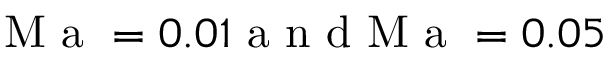
\mathrm { ~ M ~ a ~ } = 0 . 0 1 \mathrm { ~ a ~ n ~ d ~ M ~ a ~ } = 0 . 0 5